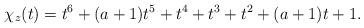
LaTeX: \begin{align*}\chi_{z}(t)=t^6+(a+1)t^5 +t^4+ t^3+ t^2+(a+1)t+1.\end{align*}